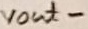
Text: vout-